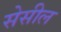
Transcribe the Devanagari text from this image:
सेसील